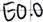
Text: E0.0